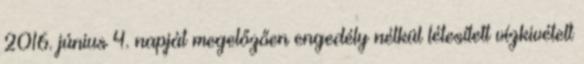
2016. június 4. napját megelőzően engedély nélkül létesített vízkivételt